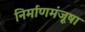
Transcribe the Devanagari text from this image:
निर्माणमंजूषा